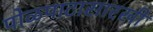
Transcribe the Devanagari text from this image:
पोळपाटासारखी